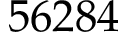
5 6 2 8 4